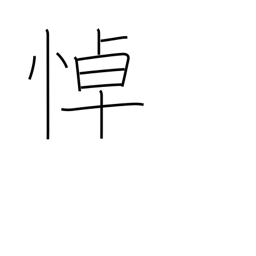
Meaning: grieve over